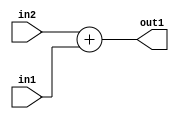
`timescale 1ps / 1ps
/*****************************************************************************
    Verilog RTL Description
    
    
    Created by: Stratus DpOpt 2019.1.01 
*******************************************************************************/

module DC_Filter_Add_12Ux1U_12U_1 (
	in2,
	in1,
	out1
	); /* architecture "behavioural" */ 
input [11:0] in2;
input  in1;
output [11:0] out1;
wire [11:0] asc001;

assign asc001 = 
	+(in2)
	+(in1);

assign out1 = asc001;
endmodule

/* CADENCE  urn2SA0= : u9/ySgnWtBlWxVPRXgAZ4Og= ** DO NOT EDIT THIS LINE ******/